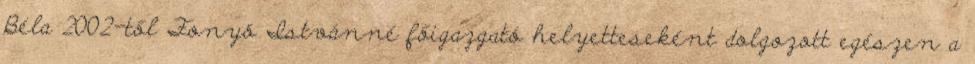
Béla 2002-től Fonyó Istvánné főigazgató helyetteseként dolgozott egészen a